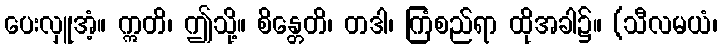
ပေးလှူအံ့။ ဣတိ၊ ဤသို့။ စိန္တေတိ၊ တဒါ၊ ကြံစည်ရာ ထိုအခါ၌။ (သီလမယံ၊